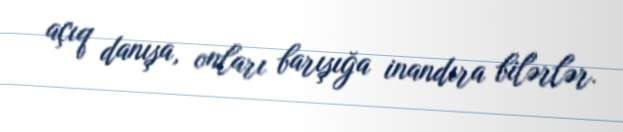
açıq danışa, onları barışığa inandıra bilərlər.